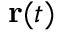
\mathbf { r } ( t )